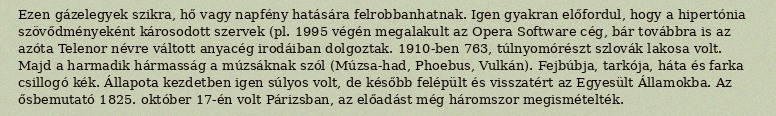
Ezen gázelegyek szikra, hő vagy napfény hatására felrobbanhatnak. Igen gyakran előfordul, hogy a hipertónia szövődményeként károsodott szervek (pl. 1995 végén megalakult az Opera Software cég, bár továbbra is az azóta Telenor névre váltott anyacég irodáiban dolgoztak. 1910-ben 763, túlnyomórészt szlovák lakosa volt. Majd a harmadik hármasság a múzsáknak szól (Múzsa-had, Phoebus, Vulkán). Fejbúbja, tarkója, háta és farka csillogó kék. Állapota kezdetben igen súlyos volt, de később felépült és visszatért az Egyesült Államokba. Az ősbemutató 1825. október 17-én volt Párizsban, az előadást még háromszor megismételték.